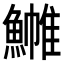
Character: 𬵧